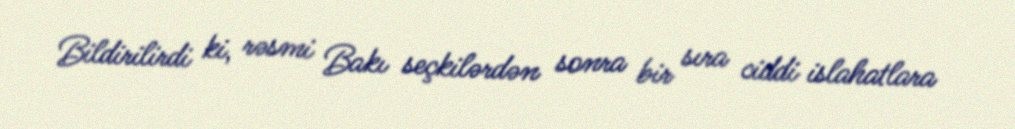
Bildirilirdi ki, rəsmi Bakı seçkilərdən sonra bir sıra ciddi islahatlara